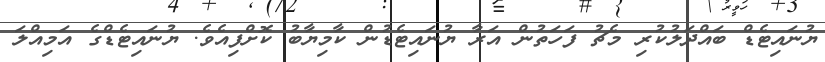
ޔުނައިޓެޑް ބައްދަލުކުރި މެޗު ފަހަތުން އަރާ ޔުނައިޓެޑުން ކާމިޔާބު ކޮށްފިއެވެ. ޔުނައިޓެޑްގެ އަމިއްލަ